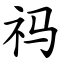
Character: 祃